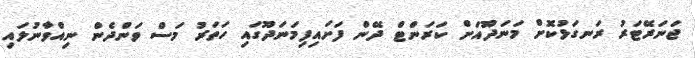
ޖަނަރޭޓަރު ރަނގަޅުކޮށް މަނަދޫއަށް ކަރަންޓް ދޭން ފަށައިފިމަނަދޫގައި ހަތަރު މަސް ވަންދެން ނިއްވާނުލައި